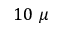
1 0 ~ \mu